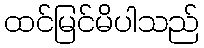
ထင်မြင်မိပါသည်